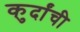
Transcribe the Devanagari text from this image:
कुर्दांची